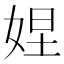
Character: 𱙕